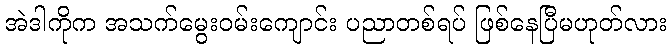
အဲဒါကိုက အသက်မွေးဝမ်းကျောင်း ပညာတစ်ရပ် ဖြစ်နေပြီမဟုတ်လား